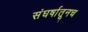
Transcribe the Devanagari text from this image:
संघर्षातूनच